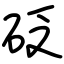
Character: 砭